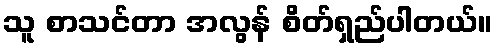
သူ စာသင်တာ အလွန် စိတ်ရှည်ပါတယ်။